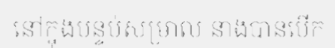
នៅក្នុងបន្ទប់សម្រាល នាងបានបើក